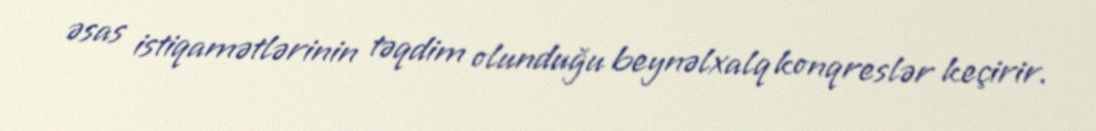
əsas istiqamətlərinin təqdim olunduğu beynəlxalq konqreslər keçirir.